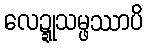
လေဍ္ဍုသမ္ဖဿာပိ